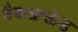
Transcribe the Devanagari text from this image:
बैकग्राऊंड